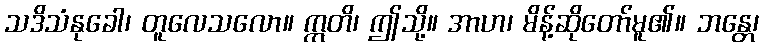
သဒိသံနုခေါ၊ တူလေသလော။ ဣတိ၊ ဤသို့။ အာဟ၊ မိန့်ဆိုတော်မူ၏။ ဘန္တေ၊